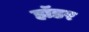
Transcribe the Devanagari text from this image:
हॉडर